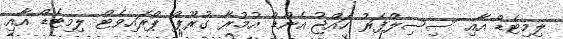
ލިމިޓެޑް އާއި ސިސިލްފަރު ހައްޖު އެންޑް އުމުރާ ގުރޫޕް ޕްރައިވެޓް ލިމިޓެޑް އާއި